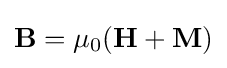
\mathbf {B} =\mu _{0}(\mathbf {H+M} )